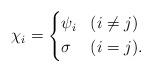
LaTeX: \begin{align*}\chi_i = \left\{\begin{aligned}& \psi_i & &(i \neq j) \\& \sigma & &(i =j).\end{aligned} \right.\end{align*}